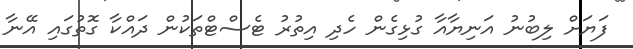
ފަޔަށް ލިބުނު އަނިޔާއާ ގުޅިގެން ހެދި އިތުރު ޓެސްޓްތަކުން ދައްކާ ގޮތުގައި އޭނާ